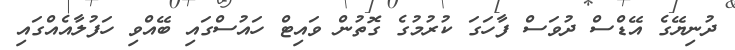
ދުނިޔޭގެ އޭޑްސް ދުވަސް ފާހަގަ ކުރުމުގެ ގޮތުން ވައިޓް ހައުސްގައި ބޭއްވި ހަފުލާއެއްގައި